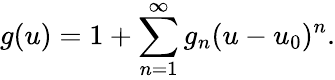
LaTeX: g(u)=1+\sum_{n=1}^{\infty}g_{n}(u-u_{0})^{n}.